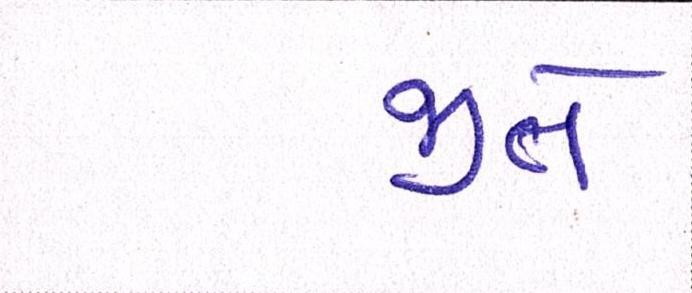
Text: જીતે